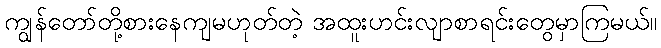
ကျွန်တော်တို့စားနေကျမဟုတ်တဲ့ အထူးဟင်းလျာစာရင်းတွေမှာကြမယ်။